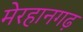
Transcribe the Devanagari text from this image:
मेरहानगढ़